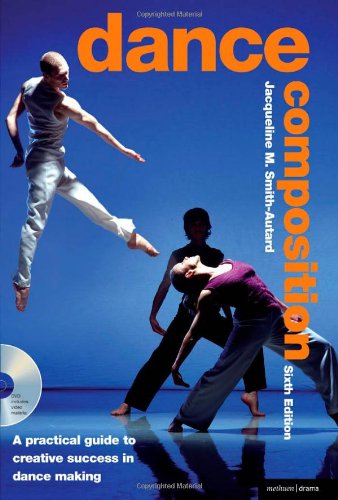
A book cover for Dance Composition: A Practical Guide to Creative Success in Dance Making (Performance Books); Jacqueline M. Smith-Autard; Humor & Entertainment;